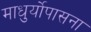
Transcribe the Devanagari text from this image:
माधुर्योपासना